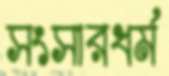
সংসারধর্ম